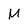
Character: M